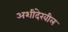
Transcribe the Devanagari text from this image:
अशीदेखील